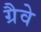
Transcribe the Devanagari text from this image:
ग्रैवे